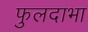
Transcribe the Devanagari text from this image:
फुलदाभा